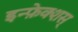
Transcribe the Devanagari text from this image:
इन्फ़ेक्शस्